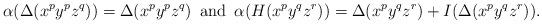
LaTeX: \begin{align*} \alpha(\Delta(x^py^pz^q))=\Delta(x^py^pz^q)\, \mbox{ {\rm and} }\, \alpha(H(x^py^qz^r))=\Delta(x^py^qz^r) + I(\Delta(x^py^qz^r)).\end{align*}